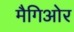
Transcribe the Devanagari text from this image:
मैगिओर